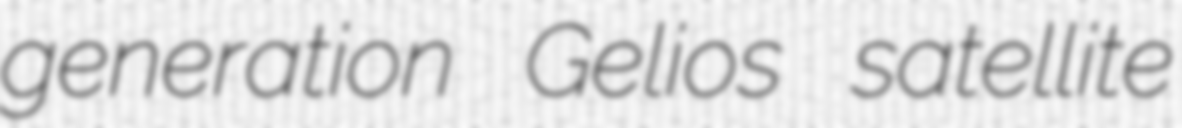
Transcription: generation Gelios satellite